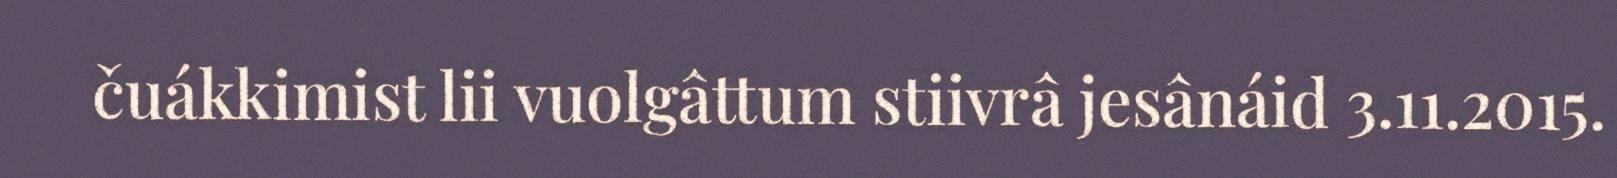
čuákkimist lii vuolgâttum stiivrâ jesânáid 3.11.2015.